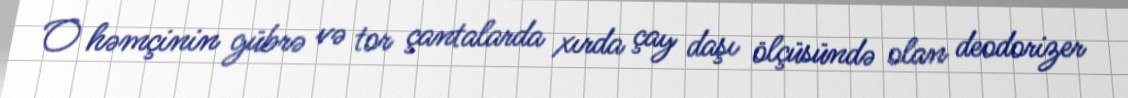
O həmçinin gübrə və tor çantalarda xırda çay daşı ölçüsündə olan deodorizer